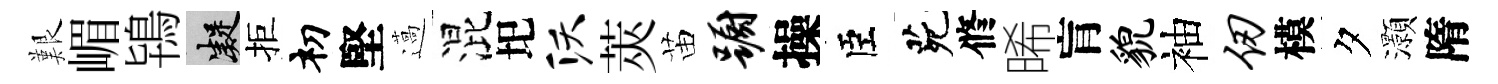
艱嵋鴇凝拒𥘉堅薖混圯沃莢苗蹰操臣茕修晞肓貌袖仞模夕灝隋